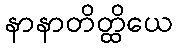
နာနာတိတ္ထိယေ